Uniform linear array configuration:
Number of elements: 64
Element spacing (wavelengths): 0.5
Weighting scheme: exponential
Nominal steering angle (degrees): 15
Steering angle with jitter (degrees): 16.726
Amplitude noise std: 0.05
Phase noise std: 0.05

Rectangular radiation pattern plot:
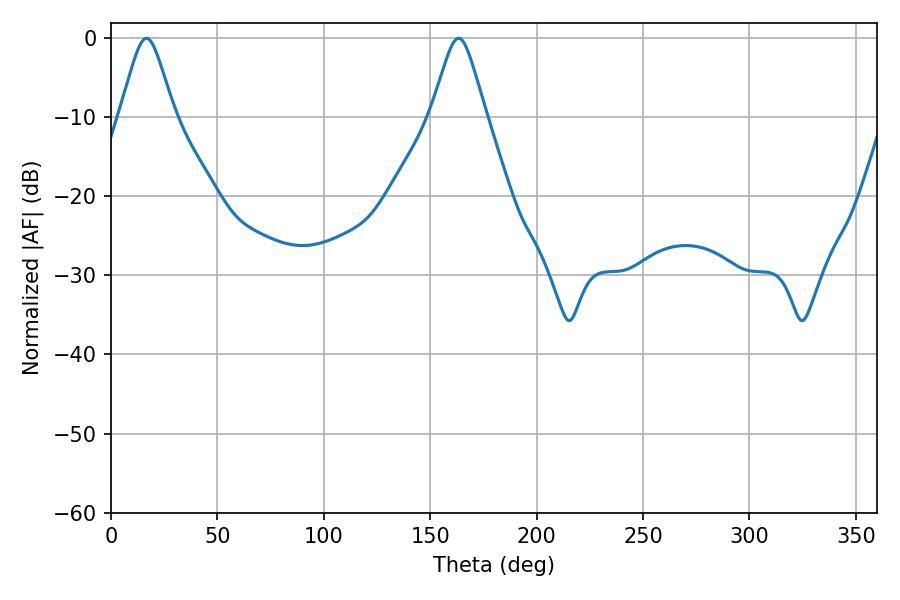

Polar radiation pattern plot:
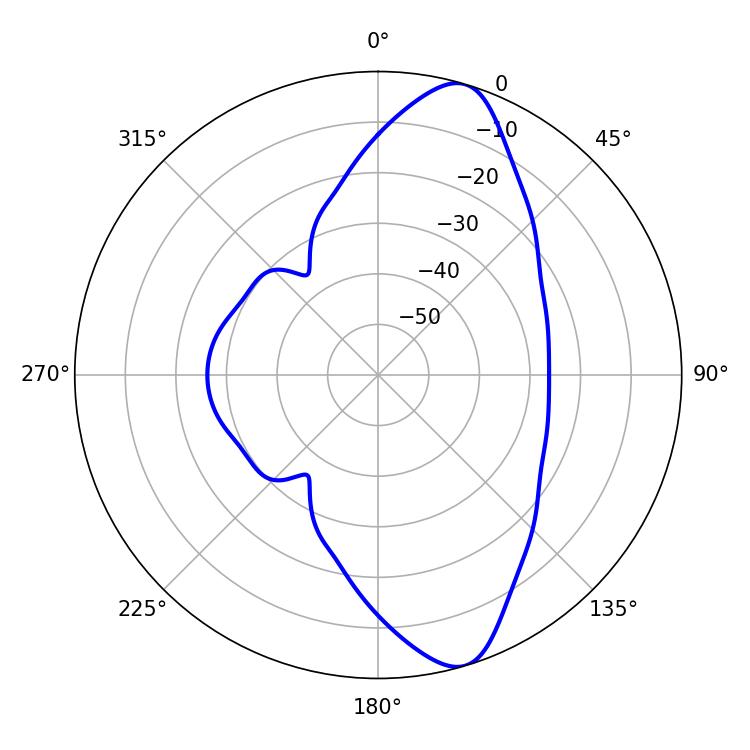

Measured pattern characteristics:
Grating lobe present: FALSE
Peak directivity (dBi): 11.009
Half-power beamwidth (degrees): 12.24
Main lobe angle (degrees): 16.74